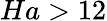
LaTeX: Ha>12